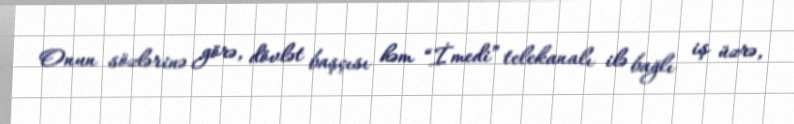
Onun sözlərinə görə, dövlət başçısı həm “İmedi” telekanalı ilə bağlı iş üzrə,